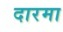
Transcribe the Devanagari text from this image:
दारमा